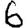
Digit: 6